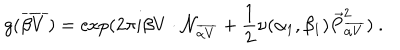
g ( { \overline { { { \beta V } } } } ) = \exp ( 2 \pi i \beta V \cdot { \cal N } _ { \overline { { { \alpha V } } } } + { \frac { 1 } { 2 } } \nu ( \alpha _ { 1 } , \beta _ { 1 } ) { \vec { P } } _ { \overline { { { \alpha V } } } } ^ { 2 } ) ~ .